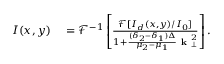
\begin{array} { r l } { I ( x , y ) } & { { } = \mathcal { F } ^ { - 1 } \left[ \frac { \mathcal { F } [ I _ { d } ( x , y ) / I _ { 0 } ] } { 1 + \frac { ( \delta _ { 2 } - \delta _ { 1 } ) \Delta } { \mu _ { 2 } - \mu _ { 1 } } \textbf { k } _ { \perp } ^ { 2 } } \right] . } \end{array}